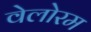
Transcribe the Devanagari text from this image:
वेलोरम